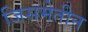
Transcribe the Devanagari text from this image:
जिसमेतीन